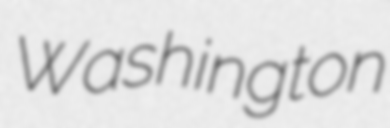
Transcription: Washington